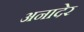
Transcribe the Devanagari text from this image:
अनादेर